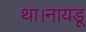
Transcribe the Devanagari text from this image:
था।नायडू